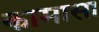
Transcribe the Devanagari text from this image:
कामासा